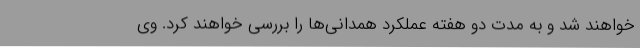
خواهند شد و به مدت دو هفته عملکرد همدانی‌ها را بررسی خواهند کرد. وی